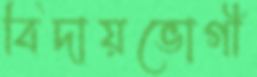
বিদায়ভোগী